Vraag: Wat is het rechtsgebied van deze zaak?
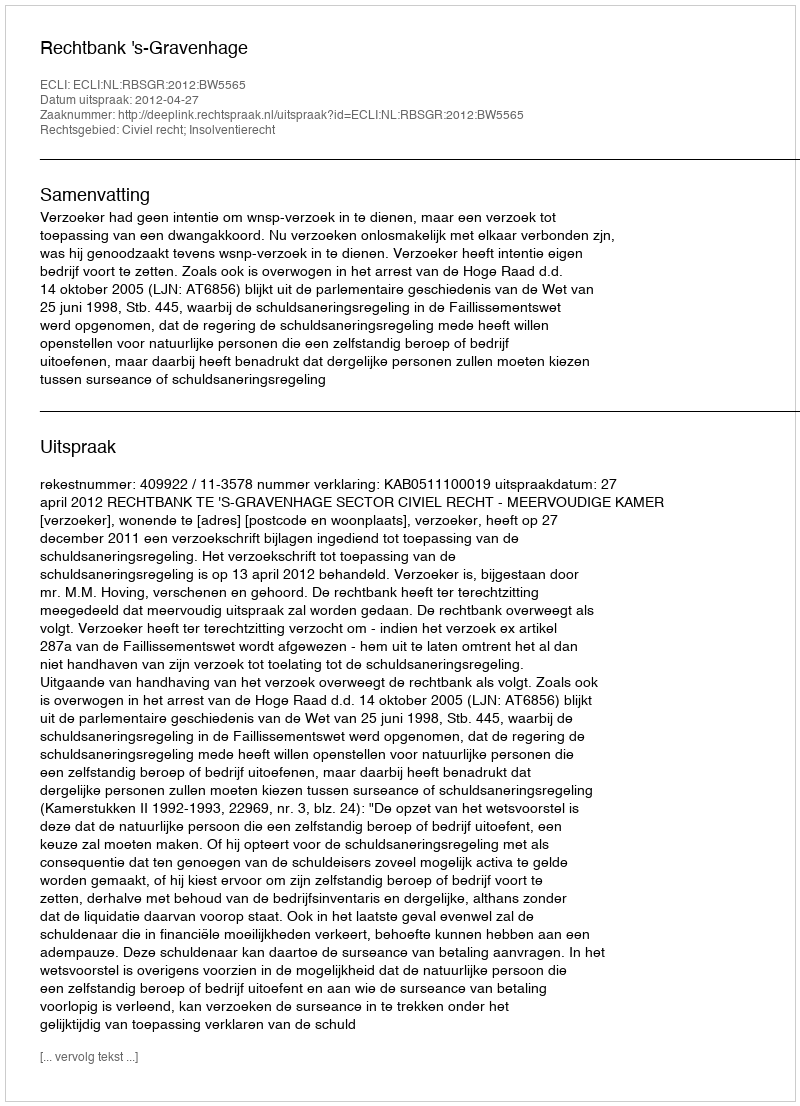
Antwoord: Civiel recht; Insolventierecht